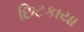
છિટકાયા